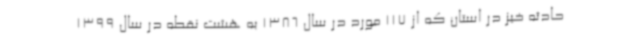
حادثه خیز در استان که از 117 مورد در سال 1386 به هشت نقطه در سال 1399